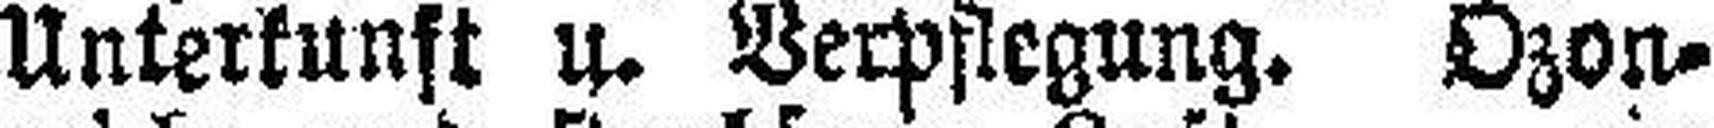
Unterkunst u. Verpflegung. Ozon¬